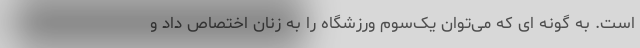
است. به گونه ای که می‌توان یک‌سوم ورزشگاه را به زنان اختصاص داد و